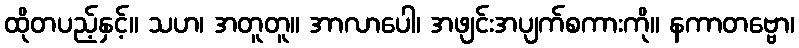
ထိုတပည့်နှင့်။ သဟ၊ အတူတူ။ အာလာပေါ၊ အဖျင်းအပျက်စကားကို။ နကာတဗ္ဗော၊